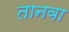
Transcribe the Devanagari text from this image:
तानवा